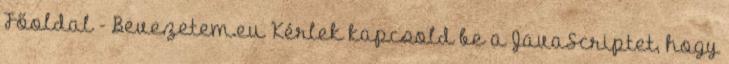
Főoldal - Bevezetem.eu Kérlek kapcsold be a JavaScriptet, hogy